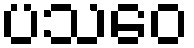
ပသဝေ